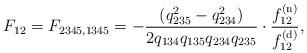
LaTeX: \begin{align*}F_{12}=F_{2345,1345}=-\frac{(q_{235}^2-q_{234}^2)}{2 q_{134}q_{135}q_{234}q_{235}}\cdot \frac{f_{12}^{(\mathrm n)}}{f_{12}^{(\mathrm d)}},\end{align*}